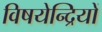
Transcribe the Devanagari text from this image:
विषयेन्द्रियों